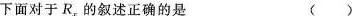
下面对于R_{x}的叙述正确的是 ()